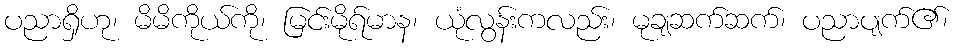
ပညာရှိဟု၊ မိမိကိုယ်ကို၊ မြင်းမိုရ်မာန၊ ယုံလွန်းကလည်း၊ မုချဆက်ဆက်၊ ပညာပျက်၏၊